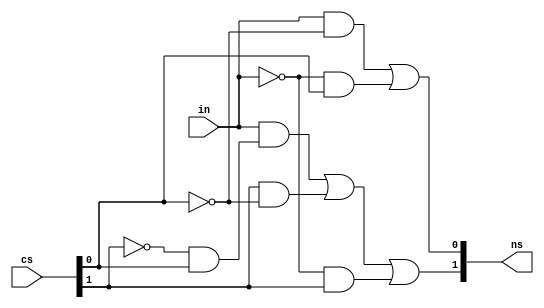
module nsta(output [1:0]ns, input [1:0]cs, input in);

assign ns[1] = ((in) & (~cs[1] & cs[0])) | (cs[1] & (~cs[0])) | ((~in) & cs[1]);
assign ns[0] = ((in) & (~cs[0])) | ((~in) & (cs[0]));

endmodule